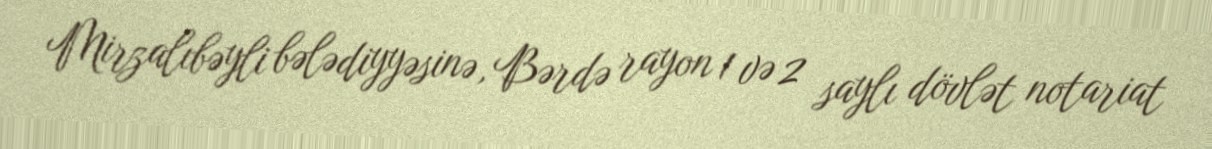
Mirzalıbəyli bələdiyyəsinə, Bərdə rayon 1 və 2 saylı dövlət notariat